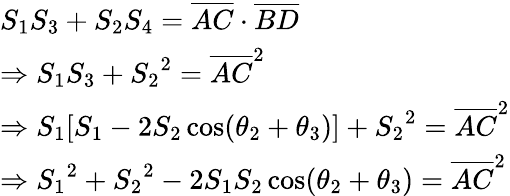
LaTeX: \begin{array}{lcl}{S_{1}S_{3}+S_{2}S_{4}={\overline{{AC}}}\cdot{\overline{{BD}}}}\\ {\Rightarrow S_{1}S_{3}+{S_{2}}^{2}={\overline{{AC}}}^{2}}\\ {\Rightarrow S_{1}[S_{1}-2S_{2}\cos(\theta_{2}+\theta_{3})]+{S_{2}}^{2}={\overline{{AC}}}^{2}}\\ {\Rightarrow{S_{1}}^{2}+{S_{2}}^{2}-2S_{1}S_{2}\cos(\theta_{2}+\theta_{3})={\overline{{AC}}}^{2}}\end{array}